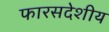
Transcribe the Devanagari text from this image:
फारसदेशीय